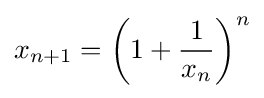
x_{n+1}=\left(1+{\frac {1}{x_{n}}}\right)^{n}